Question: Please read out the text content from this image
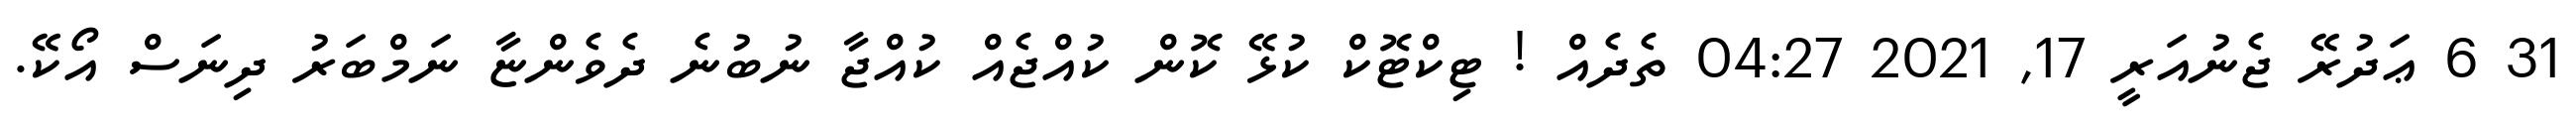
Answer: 31 6 ޢަދުރޭ ޖެނުއަރީ 17, 2021 04:27 ތެދެއް ! ޓިކްޓޮކް ކުޅޭ ކޮން ކުއްޖެއް ކުއްޖާ ނުބުނެ ދެވެންޏާ ނަމްބަރު ދިނަސް އޯކޭ.